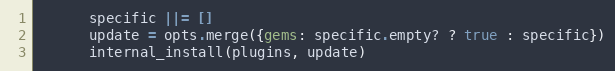
Language: Ruby
      specific ||= []
      update = opts.merge({gems: specific.empty? ? true : specific})
      internal_install(plugins, update)